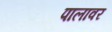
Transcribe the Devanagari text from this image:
पालावर